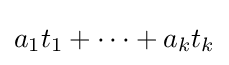
a_{1}t_{1}+\cdots +a_{k}t_{k}